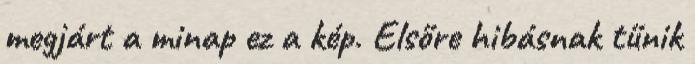
megjárt a minap ez a kép. Elsőre hibásnak tűnik